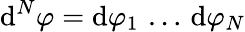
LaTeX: \mathrm{d}^{N}\varphi=\mathrm{d}\varphi_{1}\, \dots\, \mathrm{d}\varphi_{N}